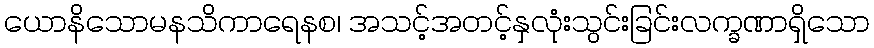
ယောနိသောမနသိကာရေနစ၊ အသင့်အတင့်နှလုံးသွင်းခြင်းလက္ခဏာရှိသော